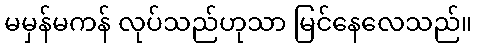
မမှန်မကန် လုပ်သည်ဟုသာ မြင်နေလေသည်။